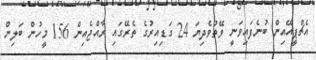
އެޗްޕީއޭއިން ބުނެފައިވަނީ ވޭތުވެދިޔަ 24 ގަޑިއިރުގެ ތެރޭގައި ރާއްޖެއިން 156 މީހުން ބަލިން